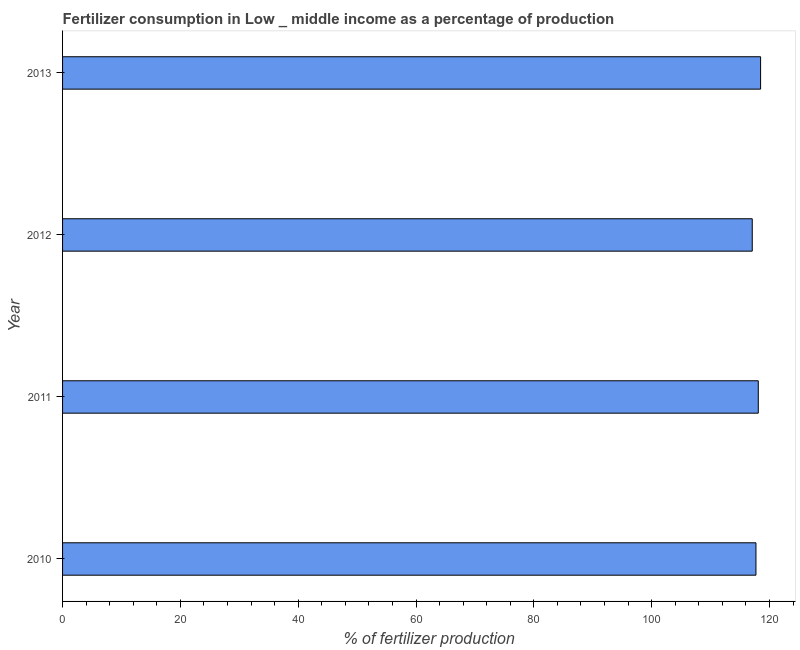
| Year | Fertilizer consumption |
 | --- | --- |
 | 2010 | 118 |
 | 2011 | 118 |
 | 2012 | 117 |
 | 2013 | 118 |